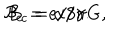
LaTeX: { \cal B } _ { c } = e / 8 \pi G , \hspace { 1 0 m m } B _ { c } = \alpha / \gamma .